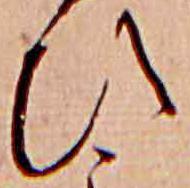
ひ